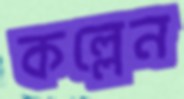
কল্লেন